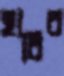
হাবির